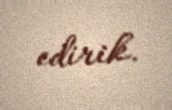
edirik.